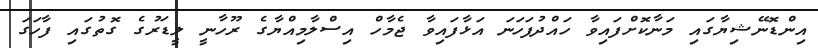
އިންޑޮނޭޝިޔާގައި މަނާކޮށްފައިވާ ހައްދުފަހަނަ އަޅާފައިވާ ޖެމާހް އިސްލާމިއްޔާގެ ރޫހާނީ ލީޑަރުގެ ގޮތުގައި ފާހަގަ